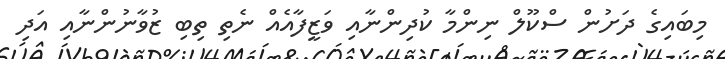
މިބައިގެ ދަށުން ސްކޫލް ނިންމާ ކުދިންނާއި ވަޒީފާއެއް ނެތި ތިބި ޒުވާނުންނާއި އަދި